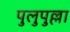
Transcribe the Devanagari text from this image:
पुलुपुल्ला